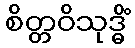
စိတ္တဝိသုဒ္ဓိံ